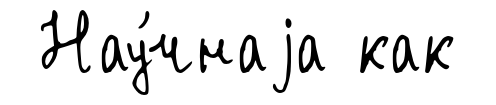
Нау́чнаjа как